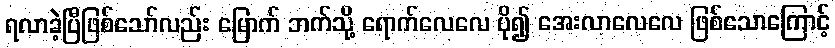
ရလာခဲ့ပြီဖြစ်သော်လည်း မြောက် ဘက်သို့ ရောက်လေလေ ပို၍ အေးလာလေလေ ဖြစ်သောကြောင့်